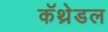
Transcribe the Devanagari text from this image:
कॅथ्रेडल